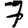
Digit: 7